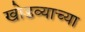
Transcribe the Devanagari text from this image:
खोडव्याच्या